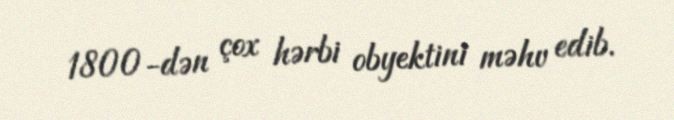
1800-dən çox hərbi obyektini məhv edib.